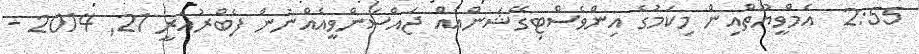
2:55  އެމްވީޔޫތްއިން މިކަމުގެ އިންވެސްޓިގޭޝަންއެއް ޖައްސަންވީއެއްނުން ފެބްރުއަރީ 21